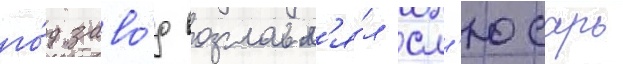
го́д заво́д возглавл'я́л сл'юсарь